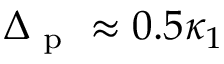
\Delta _ { \mathrm { ~ p ~ } } \approx 0 . 5 \kappa _ { 1 }